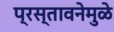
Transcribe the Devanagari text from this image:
प्रस्तावनेमुळे